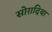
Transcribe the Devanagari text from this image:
सोग़दिया